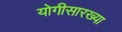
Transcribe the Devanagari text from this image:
योगीसारख्या